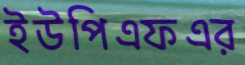
ইউপিএফএর